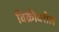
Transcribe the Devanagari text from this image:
विक्रीवरील